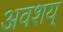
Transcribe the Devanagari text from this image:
अवशय्